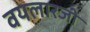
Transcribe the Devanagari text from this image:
वयलारजी